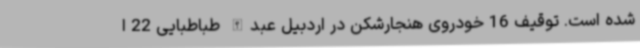
شده است. توقیف 16 خودروی هنجارشکن در اردبیل عبدالله طباطبایی 22 ا